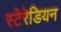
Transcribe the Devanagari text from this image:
स्‍टेरेडियन